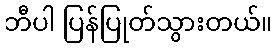
ဘီပါ ပြန်ပြုတ်သွားတယ်။